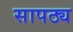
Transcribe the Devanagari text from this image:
सापठ्य